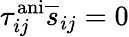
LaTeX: \tau_{ij}^{\mathrm{ani}}\overline{{s}}_{ij}=0